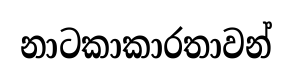
නාටකාකාරතාවන්